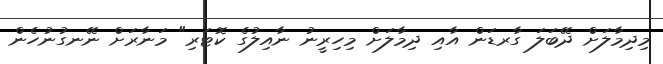
މިދިމާލަށް ދޭބަލަ ގާރޑަން އާއި ދިމާލަށް މިހިރީނު ނާއިލުގެ ކޮޓަރި" މަނާރަށް ނޭނގުނުހެން